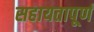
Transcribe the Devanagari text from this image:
सहायतापूर्ण